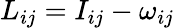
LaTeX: L_{ij}=I_{ij}-\omega_{ij}